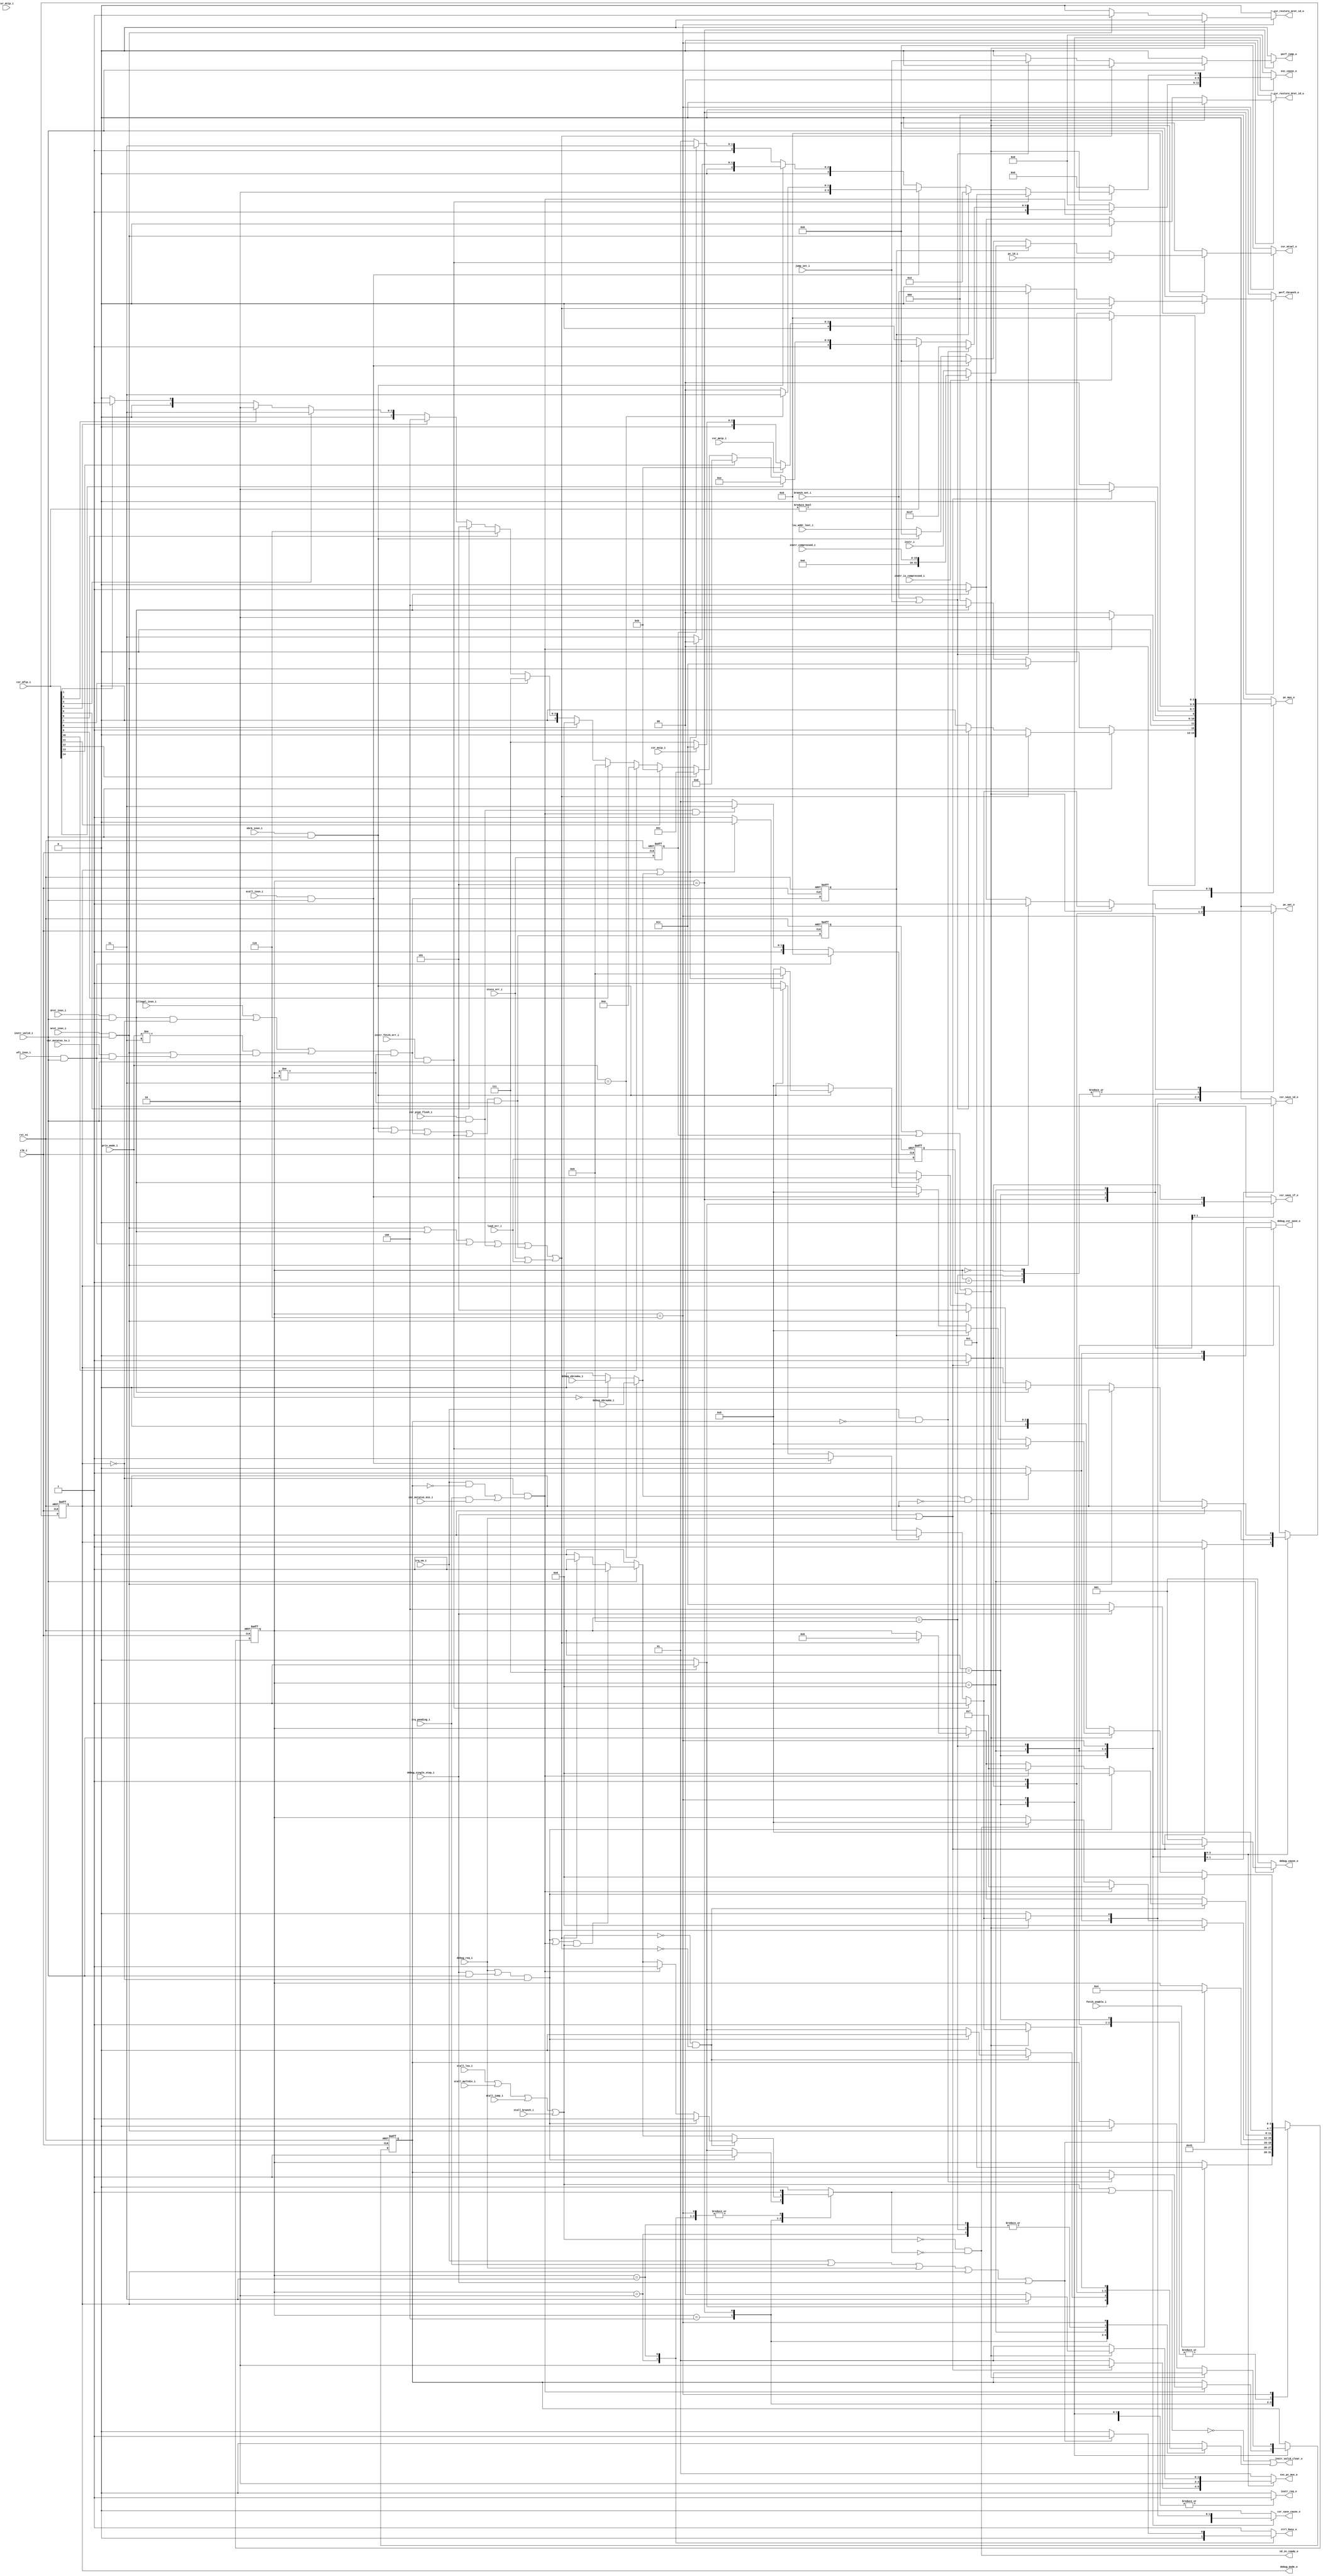
module ibex_controller (
	clk_i,
	rst_ni,
	fetch_enable_i,
	ctrl_busy_o,
	illegal_insn_i,
	ecall_insn_i,
	mret_insn_i,
	dret_insn_i,
	wfi_insn_i,
	ebrk_insn_i,
	csr_pipe_flush_i,
	instr_valid_i,
	instr_i,
	instr_compressed_i,
	instr_is_compressed_i,
	instr_fetch_err_i,
	pc_id_i,
	instr_valid_clear_o,
	id_in_ready_o,
	instr_req_o,
	pc_set_o,
	pc_mux_o,
	exc_pc_mux_o,
	exc_cause_o,
	lsu_addr_last_i,
	load_err_i,
	store_err_i,
	branch_set_i,
	jump_set_i,
	csr_mstatus_mie_i,
	csr_msip_i,
	csr_mtip_i,
	csr_meip_i,
	csr_mfip_i,
	irq_pending_i,
	irq_nm_i,
	debug_req_i,
	debug_cause_o,
	debug_csr_save_o,
	debug_mode_o,
	debug_single_step_i,
	debug_ebreakm_i,
	debug_ebreaku_i,
	csr_save_if_o,
	csr_save_id_o,
	csr_restore_mret_id_o,
	csr_restore_dret_id_o,
	csr_save_cause_o,
	csr_mtval_o,
	priv_mode_i,
	csr_mstatus_tw_i,
	stall_lsu_i,
	stall_multdiv_i,
	stall_jump_i,
	stall_branch_i,
	perf_jump_o,
	perf_tbranch_o
);
	localparam [3:0] RESET = 0;
	localparam [3:0] BOOT_SET = 1;
	localparam [3:0] WAIT_SLEEP = 2;
	localparam [3:0] SLEEP = 3;
	localparam [3:0] FIRST_FETCH = 4;
	localparam [3:0] DECODE = 5;
	localparam [3:0] FLUSH = 6;
	localparam [3:0] IRQ_TAKEN = 7;
	localparam [3:0] DBG_TAKEN_IF = 8;
	localparam [3:0] DBG_TAKEN_ID = 9;
	input wire clk_i;
	input wire rst_ni;
	input wire fetch_enable_i;
	output reg ctrl_busy_o;
	input wire illegal_insn_i;
	input wire ecall_insn_i;
	input wire mret_insn_i;
	input wire dret_insn_i;
	input wire wfi_insn_i;
	input wire ebrk_insn_i;
	input wire csr_pipe_flush_i;
	input wire instr_valid_i;
	input wire [31:0] instr_i;
	input wire [15:0] instr_compressed_i;
	input wire instr_is_compressed_i;
	input wire instr_fetch_err_i;
	input wire [31:0] pc_id_i;
	output wire instr_valid_clear_o;
	output wire id_in_ready_o;
	output reg instr_req_o;
	output reg pc_set_o;
	output reg [2:0] pc_mux_o;
	output reg [1:0] exc_pc_mux_o;
	output reg [5:0] exc_cause_o;
	input wire [31:0] lsu_addr_last_i;
	input wire load_err_i;
	input wire store_err_i;
	input wire branch_set_i;
	input wire jump_set_i;
	input wire csr_mstatus_mie_i;
	input wire csr_msip_i;
	input wire csr_mtip_i;
	input wire csr_meip_i;
	input wire [14:0] csr_mfip_i;
	input wire irq_pending_i;
	input wire irq_nm_i;
	input wire debug_req_i;
	output reg [2:0] debug_cause_o;
	output reg debug_csr_save_o;
	output wire debug_mode_o;
	input wire debug_single_step_i;
	input wire debug_ebreakm_i;
	input wire debug_ebreaku_i;
	output reg csr_save_if_o;
	output reg csr_save_id_o;
	output reg csr_restore_mret_id_o;
	output reg csr_restore_dret_id_o;
	output reg csr_save_cause_o;
	output reg [31:0] csr_mtval_o;
	input wire [1:0] priv_mode_i;
	input wire csr_mstatus_tw_i;
	input wire stall_lsu_i;
	input wire stall_multdiv_i;
	input wire stall_jump_i;
	input wire stall_branch_i;
	output reg perf_jump_o;
	output reg perf_tbranch_o;
localparam   OPCODE_LOAD     = 7'h03;
localparam   OPCODE_MISC_MEM = 7'h0f;
localparam   OPCODE_OP_IMM   = 7'h13;
localparam   OPCODE_AUIPC    = 7'h17;
localparam   OPCODE_STORE    = 7'h23;
localparam   OPCODE_OP       = 7'h33;
localparam   OPCODE_LUI      = 7'h37;
localparam   OPCODE_BRANCH   = 7'h63;
localparam   OPCODE_JALR     = 7'h67;
localparam   OPCODE_JAL      = 7'h6f;
localparam   OPCODE_SYSTEM   = 7'h73;


////////////////////
// ALU operations //
////////////////////

  // Arithmetics
localparam   ALU_ADD = 5'h0;
localparam   ALU_SUB = 5'h1;

  // Logics
localparam   ALU_XOR = 5'h2;
localparam   ALU_OR = 5'h3;
localparam   ALU_AND = 5'h4;

  // Shifts
localparam   ALU_SRA = 5'h5;
localparam   ALU_SRL = 5'h6;
localparam   ALU_SLL = 5'h7;

  // Comparisons
localparam   ALU_LT = 5'h8;
localparam   ALU_LTU = 5'h9;
localparam   ALU_GE = 5'ha;
localparam   ALU_GEU = 5'hb;
localparam   ALU_EQ = 5'hc;
localparam   ALU_NE = 5'hd;

  // Set lower than
localparam   ALU_SLT = 5'he;
localparam   ALU_SLTU = 5'hf;

  // Multiplier/divider
localparam   MD_OP_MULL = 2'h0;
localparam   MD_OP_MULH = 2'h1;
localparam   MD_OP_DIV = 2'h2;
localparam   MD_OP_REM = 2'h3;


//////////////////////////////////
// Control and status registers //
//////////////////////////////////

// CSR operations
localparam   CSR_OP_READ = 2'h0;
localparam   CSR_OP_WRITE = 2'h1;
localparam   CSR_OP_SET = 2'h2;
localparam   CSR_OP_CLEAR = 2'h3;


// Privileged mode
localparam   PRIV_LVL_M = 2'b11;
localparam   PRIV_LVL_H = 2'b10;
localparam   PRIV_LVL_S = 2'b01;
localparam   PRIV_LVL_U = 2'b00;

// Constants for the dcsr.xdebugver fields
localparam    XDEBUGVER_NO     = 4'd0; // no external debug support
localparam    XDEBUGVER_STD    = 4'd4; // external debug according to RISC-V debug spec
localparam    XDEBUGVER_NONSTD = 4'd15; // debug not conforming to RISC-V debug spec


//////////////
// ID stage //
//////////////

// Operand a selection
localparam   OP_A_REG_A = 2'h0;
localparam   OP_A_FWD = 2'h1;
localparam   OP_A_CURRPC = 2'h2;
localparam   OP_A_IMM = 2'h3;

// Immediate a selection
localparam   IMM_A_Z = 1'b0;
localparam   IMM_A_ZERO = 1'b1;

// Operand b selection
localparam   OP_B_REG_B = 1'b0;
localparam   OP_B_IMM = 1'b1;

// Immediate b selection
localparam   IMM_B_I = 3'h0;
localparam   IMM_B_S = 3'h1;
localparam   IMM_B_B = 3'h2;
localparam   IMM_B_U = 3'h3;
localparam   IMM_B_J = 3'h4;
localparam   IMM_B_INCR_PC = 3'h4;
localparam   IMM_B_INCR_ADDR = 3'h5;

// Regfile write data selection
localparam   RF_WD_LSU = 2'h0;
localparam   RF_WD_EX = 2'h1;
localparam   RF_WD_CSR = 2'h2;

//////////////
// IF stage //
//////////////

// PC mux selection
localparam   PC_BOOT = 3'h0;
localparam   PC_JUMP = 3'h1;
localparam   PC_EXC = 3'h2;
localparam   PC_ERET = 3'h3;
localparam   PC_DRET = 3'h4;

// Exception PC mux selection
localparam   EXC_PC_EXC = 2'h0;
localparam   EXC_PC_IRQ = 2'h1;
localparam   EXC_PC_DBD = 2'h2;
localparam   EXC_PC_DBG_EXC = 2'h3; // Exception while in debug mode

// Exception cause
localparam   EXC_CAUSE_IRQ_SOFTWARE_M     = {1'b1, 5'd03};
localparam   EXC_CAUSE_IRQ_TIMER_M        = {1'b1, 5'd07};
localparam   EXC_CAUSE_IRQ_EXTERNAL_M     = {1'b1, 5'd11};
  // EXC_CAUSE_IRQ_FAST_0      = {1'b1, 5'd16};
  // EXC_CAUSE_IRQ_FAST_14     = {1'b1, 5'd30};
localparam   EXC_CAUSE_IRQ_NM             = {1'b1, 5'd31}; // == EXC_CAUSE_IRQ_FAST_15
localparam   EXC_CAUSE_INSN_ADDR_MISA     = {1'b0, 5'd00};
localparam   EXC_CAUSE_INSTR_ACCESS_FAULT = {1'b0, 5'd01};
localparam   EXC_CAUSE_ILLEGAL_INSN       = {1'b0, 5'd02};
localparam   EXC_CAUSE_BREAKPOINT         = {1'b0, 5'd03};
localparam   EXC_CAUSE_LOAD_ACCESS_FAULT  = {1'b0, 5'd05};
localparam   EXC_CAUSE_STORE_ACCESS_FAULT = {1'b0, 5'd07};
localparam   EXC_CAUSE_ECALL_UMODE        = {1'b0, 5'd08};
localparam   EXC_CAUSE_ECALL_MMODE        = {1'b0, 5'd11};

// Debug cause
localparam   DBG_CAUSE_NONE    = 3'h0;
localparam   DBG_CAUSE_EBREAK  = 3'h1;
localparam   DBG_CAUSE_TRIGGER = 3'h2;
localparam   DBG_CAUSE_HALTREQ = 3'h3;
localparam   DBG_CAUSE_STEP    = 3'h4;

// PMP constants
parameter   PMP_MAX_REGIONS      = 16;
parameter   PMP_CFG_W            = 8;

// PMP acces type
parameter   PMP_I = 0;
parameter   PMP_D = 1;

localparam   PMP_ACC_EXEC    = 2'b00;
localparam   PMP_ACC_WRITE   = 2'b01;
localparam   PMP_ACC_READ    = 2'b10;

// PMP cfg structures
localparam   PMP_MODE_OFF   = 2'b00;
localparam   PMP_MODE_TOR   = 2'b01;
localparam   PMP_MODE_NA4   = 2'b10;
localparam   PMP_MODE_NAPOT = 2'b11;

//typedef struct packed {
//  logic          lock;
//  pmp_cfg_mode_e mode;
//  logic          exec;
//  logic          write;
//  logic          read;

// CSRs
  // Machine information
localparam   CSR_MHARTID   = 12'hF14;

  // Machine trap setup
localparam   CSR_MSTATUS   = 12'h300;
localparam   CSR_MISA      = 12'h301;
localparam   CSR_MIE       = 12'h304;
localparam   CSR_MTVEC     = 12'h305;

  // Machine trap handling
localparam   CSR_MSCRATCH  = 12'h340;
localparam   CSR_MEPC      = 12'h341;
localparam   CSR_MCAUSE    = 12'h342;
localparam   CSR_MTVAL     = 12'h343;
localparam   CSR_MIP       = 12'h344;

  // Physical memory protection
localparam   CSR_PMPCFG0   = 12'h3A0;
localparam   CSR_PMPCFG1   = 12'h3A1;
localparam   CSR_PMPCFG2   = 12'h3A2;
localparam   CSR_PMPCFG3   = 12'h3A3;
localparam   CSR_PMPADDR0  = 12'h3B0;
localparam   CSR_PMPADDR1  = 12'h3B1;
localparam   CSR_PMPADDR2  = 12'h3B2;
localparam   CSR_PMPADDR3  = 12'h3B3;
localparam   CSR_PMPADDR4  = 12'h3B4;
localparam   CSR_PMPADDR5  = 12'h3B5;
localparam   CSR_PMPADDR6  = 12'h3B6;
localparam   CSR_PMPADDR7  = 12'h3B7;
localparam   CSR_PMPADDR8  = 12'h3B8;
localparam   CSR_PMPADDR9  = 12'h3B9;
localparam   CSR_PMPADDR10 = 12'h3BA;
localparam   CSR_PMPADDR11 = 12'h3BB;
localparam   CSR_PMPADDR12 = 12'h3BC;
localparam   CSR_PMPADDR13 = 12'h3BD;
localparam   CSR_PMPADDR14 = 12'h3BE;
localparam   CSR_PMPADDR15 = 12'h3BF;

  // Debug/trace
localparam   CSR_DCSR      = 12'h7b0;
localparam   CSR_DPC       = 12'h7b1;

  // Debug
localparam   CSR_DSCRATCH0 = 12'h7b2; // optional
localparam   CSR_DSCRATCH1 = 12'h7b3; // optional

  // Machine Counter/Timers
localparam   CSR_MCOUNTINHIBIT  = 12'h320;
localparam   CSR_MHPMEVENT3     = 12'h323;
localparam   CSR_MHPMEVENT4     = 12'h324;
localparam   CSR_MHPMEVENT5     = 12'h325;
localparam   CSR_MHPMEVENT6     = 12'h326;
localparam   CSR_MHPMEVENT7     = 12'h327;
localparam   CSR_MHPMEVENT8     = 12'h328;
localparam   CSR_MHPMEVENT9     = 12'h329;
localparam   CSR_MHPMEVENT10    = 12'h32A;
localparam   CSR_MHPMEVENT11    = 12'h32B;
localparam   CSR_MHPMEVENT12    = 12'h32C;
localparam   CSR_MHPMEVENT13    = 12'h32D;
localparam   CSR_MHPMEVENT14    = 12'h32E;
localparam   CSR_MHPMEVENT15    = 12'h32F;
localparam   CSR_MHPMEVENT16    = 12'h330;
localparam   CSR_MHPMEVENT17    = 12'h331;
localparam   CSR_MHPMEVENT18    = 12'h332;
localparam   CSR_MHPMEVENT19    = 12'h333;
localparam   CSR_MHPMEVENT20    = 12'h334;
localparam   CSR_MHPMEVENT21    = 12'h335;
localparam   CSR_MHPMEVENT22    = 12'h336;
localparam   CSR_MHPMEVENT23    = 12'h337;
localparam   CSR_MHPMEVENT24    = 12'h338;
localparam   CSR_MHPMEVENT25    = 12'h339;
localparam   CSR_MHPMEVENT26    = 12'h33A;
localparam   CSR_MHPMEVENT27    = 12'h33B;
localparam   CSR_MHPMEVENT28    = 12'h33C;
localparam   CSR_MHPMEVENT29    = 12'h33D;
localparam   CSR_MHPMEVENT30    = 12'h33E;
localparam   CSR_MHPMEVENT31    = 12'h33F;
localparam   CSR_MCYCLE         = 12'hB00;
localparam   CSR_MINSTRET       = 12'hB02;
localparam   CSR_MHPMCOUNTER3   = 12'hB03;
localparam   CSR_MHPMCOUNTER4   = 12'hB04;
localparam   CSR_MHPMCOUNTER5   = 12'hB05;
localparam   CSR_MHPMCOUNTER6   = 12'hB06;
localparam   CSR_MHPMCOUNTER7   = 12'hB07;
localparam   CSR_MHPMCOUNTER8   = 12'hB08;
localparam   CSR_MHPMCOUNTER9   = 12'hB09;
localparam   CSR_MHPMCOUNTER10  = 12'hB0A;
localparam   CSR_MHPMCOUNTER11  = 12'hB0B;
localparam   CSR_MHPMCOUNTER12  = 12'hB0C;
localparam   CSR_MHPMCOUNTER13  = 12'hB0D;
localparam   CSR_MHPMCOUNTER14  = 12'hB0E;
localparam   CSR_MHPMCOUNTER15  = 12'hB0F;
localparam   CSR_MHPMCOUNTER16  = 12'hB10;
localparam   CSR_MHPMCOUNTER17  = 12'hB11;
localparam   CSR_MHPMCOUNTER18  = 12'hB12;
localparam   CSR_MHPMCOUNTER19  = 12'hB13;
localparam   CSR_MHPMCOUNTER20  = 12'hB14;
localparam   CSR_MHPMCOUNTER21  = 12'hB15;
localparam   CSR_MHPMCOUNTER22  = 12'hB16;
localparam   CSR_MHPMCOUNTER23  = 12'hB17;
localparam   CSR_MHPMCOUNTER24  = 12'hB18;
localparam   CSR_MHPMCOUNTER25  = 12'hB19;
localparam   CSR_MHPMCOUNTER26  = 12'hB1A;
localparam   CSR_MHPMCOUNTER27  = 12'hB1B;
localparam   CSR_MHPMCOUNTER28  = 12'hB1C;
localparam   CSR_MHPMCOUNTER29  = 12'hB1D;
localparam   CSR_MHPMCOUNTER30  = 12'hB1E;
localparam   CSR_MHPMCOUNTER31  = 12'hB1F;
localparam   CSR_MCYCLEH        = 12'hB80;
localparam   CSR_MINSTRETH      = 12'hB82;
localparam   CSR_MHPMCOUNTER3H  = 12'hB83;
localparam   CSR_MHPMCOUNTER4H  = 12'hB84;
localparam   CSR_MHPMCOUNTER5H  = 12'hB85;
localparam   CSR_MHPMCOUNTER6H  = 12'hB86;
localparam   CSR_MHPMCOUNTER7H  = 12'hB87;
localparam   CSR_MHPMCOUNTER8H  = 12'hB88;
localparam   CSR_MHPMCOUNTER9H  = 12'hB89;
localparam   CSR_MHPMCOUNTER10H = 12'hB8A;
localparam   CSR_MHPMCOUNTER11H = 12'hB8B;
localparam   CSR_MHPMCOUNTER12H = 12'hB8C;
localparam   CSR_MHPMCOUNTER13H = 12'hB8D;
localparam   CSR_MHPMCOUNTER14H = 12'hB8E;
localparam   CSR_MHPMCOUNTER15H = 12'hB8F;
localparam   CSR_MHPMCOUNTER16H = 12'hB90;
localparam   CSR_MHPMCOUNTER17H = 12'hB91;
localparam   CSR_MHPMCOUNTER18H = 12'hB92;
localparam   CSR_MHPMCOUNTER19H = 12'hB93;
localparam   CSR_MHPMCOUNTER20H = 12'hB94;
localparam   CSR_MHPMCOUNTER21H = 12'hB95;
localparam   CSR_MHPMCOUNTER22H = 12'hB96;
localparam   CSR_MHPMCOUNTER23H = 12'hB97;
localparam   CSR_MHPMCOUNTER24H = 12'hB98;
localparam   CSR_MHPMCOUNTER25H = 12'hB99;
localparam   CSR_MHPMCOUNTER26H = 12'hB9A;
localparam   CSR_MHPMCOUNTER27H = 12'hB9B;
localparam   CSR_MHPMCOUNTER28H = 12'hB9C;
localparam   CSR_MHPMCOUNTER29H = 12'hB9D;
localparam   CSR_MHPMCOUNTER30H = 12'hB9E;
localparam   CSR_MHPMCOUNTER31H = 12'hB9F;

// CSR pmp-related offsets
parameter [11:0] CSR_OFF_PMP_CFG  = 12'h3A0; // pmp_cfg  @ 12'h3a0 - 12'h3a3
parameter [11:0] CSR_OFF_PMP_ADDR = 12'h3B0; // pmp_addr @ 12'h3b0 - 12'h3bf

// CSR status bits
parameter   CSR_MSTATUS_MIE_BIT      = 3;
parameter   CSR_MSTATUS_MPIE_BIT     = 7;
parameter   CSR_MSTATUS_MPP_BIT_LOW  = 11;
parameter   CSR_MSTATUS_MPP_BIT_HIGH = 12;
parameter   CSR_MSTATUS_MPRV_BIT     = 17;
parameter   CSR_MSTATUS_TW_BIT       = 21;

// CSR errupt pending/enable  int bits
parameter   CSR_MSIX_BIT      = 3;
parameter   CSR_MTIX_BIT      = 7;
parameter   CSR_MEIX_BIT      = 11;
parameter   CSR_MFIX_BIT_LOW  = 16;
parameter   CSR_MFIX_BIT_HIGH = 30;

	reg [3:0] ctrl_fsm_cs;
	reg [3:0] ctrl_fsm_ns;
	reg nmi_mode_q;
	reg nmi_mode_d;
	reg debug_mode_q;
	reg debug_mode_d;
	reg load_err_q;
	wire load_err_d;
	reg store_err_q;
	wire store_err_d;
	reg exc_req_q;
	wire exc_req_d;
	reg illegal_insn_q;
	wire illegal_insn_d;
	wire stall;
	reg halt_if;
	reg flush_id;
	wire illegal_dret;
	wire illegal_umode;
	wire exc_req_lsu;
	wire special_req;
	wire enter_debug_mode;
	wire ebreak_into_debug;
	wire handle_irq;
	reg [3:0] mfip_id;
	wire unused_csr_mtip;
	wire ecall_insn;
	wire mret_insn;
	wire dret_insn;
	wire wfi_insn;
	wire ebrk_insn;
	wire csr_pipe_flush;
	wire instr_fetch_err;
	/* 
	NO $display allowed in Verilog code that will go thorugh GM static
	analysis
	always @(negedge clk_i)
		if (((((ctrl_fsm_cs == DECODE) && instr_valid_i) && !instr_fetch_err_i) && illegal_insn_d))
			$display("%t: Illegal instruction (hart %0x) at PC 0x%h: 0x%h", $time, ibex_core.hart_id_i, ibex_id_stage.pc_id_i, ibex_id_stage.instr_rdata_i);
	*/
	assign load_err_d = load_err_i;
	assign store_err_d = store_err_i;
	assign ecall_insn = (ecall_insn_i & instr_valid_i);
	assign mret_insn = (mret_insn_i & instr_valid_i);
	assign dret_insn = (dret_insn_i & instr_valid_i);
	assign wfi_insn = (wfi_insn_i & instr_valid_i);
	assign ebrk_insn = (ebrk_insn_i & instr_valid_i);
	assign csr_pipe_flush = (csr_pipe_flush_i & instr_valid_i);
	assign instr_fetch_err = (instr_fetch_err_i & instr_valid_i);
	assign illegal_dret = (dret_insn & ~debug_mode_q);
	assign illegal_umode = ((priv_mode_i != PRIV_LVL_M) & (mret_insn | (csr_mstatus_tw_i & wfi_insn)));
	assign illegal_insn_d = (((illegal_insn_i | illegal_dret) | illegal_umode) & (ctrl_fsm_cs != FLUSH));
	assign exc_req_d = ((((ecall_insn | ebrk_insn) | illegal_insn_d) | instr_fetch_err) & (ctrl_fsm_cs != FLUSH));
	assign exc_req_lsu = (store_err_i | load_err_i);
	assign special_req = (((((mret_insn | dret_insn) | wfi_insn) | csr_pipe_flush) | exc_req_d) | exc_req_lsu);
	assign enter_debug_mode = ((debug_req_i | (debug_single_step_i & instr_valid_i)) & ~debug_mode_q);
	assign ebreak_into_debug = ((priv_mode_i == PRIV_LVL_M) ? debug_ebreakm_i : ((priv_mode_i == PRIV_LVL_U) ? debug_ebreaku_i : 1'b0));
	assign handle_irq = (~debug_mode_q & ((irq_nm_i & ~nmi_mode_q) | (irq_pending_i & csr_mstatus_mie_i)));
	always @(*) begin : gen_mfip_id
		if (csr_mfip_i[14])
			mfip_id = 4'd14;
		else if (csr_mfip_i[13])
			mfip_id = 4'd13;
		else if (csr_mfip_i[12])
			mfip_id = 4'd12;
		else if (csr_mfip_i[11])
			mfip_id = 4'd11;
		else if (csr_mfip_i[10])
			mfip_id = 4'd10;
		else if (csr_mfip_i[9])
			mfip_id = 4'd9;
		else if (csr_mfip_i[8])
			mfip_id = 4'd8;
		else if (csr_mfip_i[7])
			mfip_id = 4'd7;
		else if (csr_mfip_i[6])
			mfip_id = 4'd6;
		else if (csr_mfip_i[5])
			mfip_id = 4'd5;
		else if (csr_mfip_i[5])
			mfip_id = 4'd5;
		else if (csr_mfip_i[4])
			mfip_id = 4'd4;
		else if (csr_mfip_i[3])
			mfip_id = 4'd3;
		else if (csr_mfip_i[2])
			mfip_id = 4'd2;
		else if (csr_mfip_i[1])
			mfip_id = 4'd1;
		else
			mfip_id = 4'd0;
	end
	assign unused_csr_mtip = csr_mtip_i;
	always @(*) begin
		instr_req_o = 1'b1;
		csr_save_if_o = 1'b0;
		csr_save_id_o = 1'b0;
		csr_restore_mret_id_o = 1'b0;
		csr_restore_dret_id_o = 1'b0;
		csr_save_cause_o = 1'b0;
		csr_mtval_o = 1'sb0;
		pc_mux_o = PC_BOOT;
		pc_set_o = 1'b0;
		exc_pc_mux_o = EXC_PC_IRQ;
		exc_cause_o = EXC_CAUSE_INSN_ADDR_MISA;
		ctrl_fsm_ns = ctrl_fsm_cs;
		ctrl_busy_o = 1'b1;
		halt_if = 1'b0;
		flush_id = 1'b0;
		debug_csr_save_o = 1'b0;
		debug_cause_o = DBG_CAUSE_EBREAK;
		debug_mode_d = debug_mode_q;
		nmi_mode_d = nmi_mode_q;
		perf_tbranch_o = 1'b0;
		perf_jump_o = 1'b0;
		case (ctrl_fsm_cs)
			RESET: begin
				instr_req_o = 1'b0;
				pc_mux_o = PC_BOOT;
				pc_set_o = 1'b1;
				if (fetch_enable_i)
					ctrl_fsm_ns = BOOT_SET;
			end
			BOOT_SET: begin
				instr_req_o = 1'b1;
				pc_mux_o = PC_BOOT;
				pc_set_o = 1'b1;
				ctrl_fsm_ns = FIRST_FETCH;
			end
			WAIT_SLEEP: begin
				ctrl_busy_o = 1'b0;
				instr_req_o = 1'b0;
				halt_if = 1'b1;
				flush_id = 1'b1;
				ctrl_fsm_ns = SLEEP;
			end
			SLEEP: begin
				instr_req_o = 1'b0;
				halt_if = 1'b1;
				flush_id = 1'b1;
				if (((((irq_nm_i || irq_pending_i) || debug_req_i) || debug_mode_q) || debug_single_step_i))
					ctrl_fsm_ns = FIRST_FETCH;
				else
					ctrl_busy_o = 1'b0;
			end
			FIRST_FETCH: begin
				if (id_in_ready_o)
					ctrl_fsm_ns = DECODE;
				if (handle_irq) begin
					ctrl_fsm_ns = IRQ_TAKEN;
					halt_if = 1'b1;
					flush_id = 1'b1;
				end
				if (enter_debug_mode) begin
					ctrl_fsm_ns = DBG_TAKEN_IF;
					halt_if = 1'b1;
				end
			end
			DECODE: begin
				if (instr_valid_i) begin
					if (special_req) begin
						ctrl_fsm_ns = FLUSH;
						halt_if = 1'b1;
					end
					else if ((branch_set_i || jump_set_i)) begin
						pc_mux_o = PC_JUMP;
						pc_set_o = 1'b1;
						perf_tbranch_o = branch_set_i;
						perf_jump_o = jump_set_i;
					end
					if (((enter_debug_mode || handle_irq) && stall))
						halt_if = 1'b1;
				end
				if ((!stall && !special_req))
					if (enter_debug_mode) begin
						ctrl_fsm_ns = DBG_TAKEN_IF;
						halt_if = 1'b1;
					end
					else if (handle_irq) begin
						ctrl_fsm_ns = IRQ_TAKEN;
						halt_if = 1'b1;
						flush_id = 1'b1;
					end
			end
			IRQ_TAKEN: begin
				if (handle_irq) begin
					pc_mux_o = PC_EXC;
					pc_set_o = 1'b1;
					exc_pc_mux_o = EXC_PC_IRQ;
					csr_save_if_o = 1'b1;
					csr_save_cause_o = 1'b1;
					if ((irq_nm_i && !nmi_mode_q)) begin
						exc_cause_o = EXC_CAUSE_IRQ_NM;
						nmi_mode_d = 1'b1;
					end
					else if ((csr_mfip_i != 15'b0))
						exc_cause_o = sv2v_cast_89EA8({2'b11, mfip_id});
					else if (csr_meip_i)
						exc_cause_o = EXC_CAUSE_IRQ_EXTERNAL_M;
					else if (csr_msip_i)
						exc_cause_o = EXC_CAUSE_IRQ_SOFTWARE_M;
					else
						exc_cause_o = EXC_CAUSE_IRQ_TIMER_M;
				end
				ctrl_fsm_ns = DECODE;
			end
			DBG_TAKEN_IF: begin
				if ((debug_single_step_i || debug_req_i)) begin
					flush_id = 1'b1;
					pc_mux_o = PC_EXC;
					pc_set_o = 1'b1;
					exc_pc_mux_o = EXC_PC_DBD;
					csr_save_if_o = 1'b1;
					debug_csr_save_o = 1'b1;
					csr_save_cause_o = 1'b1;
					if (debug_single_step_i)
						debug_cause_o = DBG_CAUSE_STEP;
					else
						debug_cause_o = DBG_CAUSE_HALTREQ;
					debug_mode_d = 1'b1;
				end
				ctrl_fsm_ns = DECODE;
			end
			DBG_TAKEN_ID: begin
				flush_id = 1'b1;
				pc_mux_o = PC_EXC;
				pc_set_o = 1'b1;
				exc_pc_mux_o = EXC_PC_DBD;
				if ((ebreak_into_debug && !debug_mode_q)) begin
					csr_save_cause_o = 1'b1;
					csr_save_id_o = 1'b1;
					debug_csr_save_o = 1'b1;
					debug_cause_o = DBG_CAUSE_EBREAK;
				end
				debug_mode_d = 1'b1;
				ctrl_fsm_ns = DECODE;
			end
			FLUSH: begin
				halt_if = 1'b1;
				flush_id = 1'b1;
				ctrl_fsm_ns = DECODE;
				if (((exc_req_q || store_err_q) || load_err_q)) begin
					pc_set_o = 1'b1;
					pc_mux_o = PC_EXC;
					exc_pc_mux_o = (debug_mode_q ? EXC_PC_DBG_EXC : EXC_PC_EXC);
					csr_save_id_o = 1'b1;
					csr_save_cause_o = 1'b1;
					if (instr_fetch_err) begin
						exc_cause_o = EXC_CAUSE_INSTR_ACCESS_FAULT;
						csr_mtval_o = pc_id_i;
					end
					else if (illegal_insn_q) begin
						exc_cause_o = EXC_CAUSE_ILLEGAL_INSN;
						csr_mtval_o = (instr_is_compressed_i ? {16'b0, instr_compressed_i} : instr_i);
					end
					else if (ecall_insn)
						exc_cause_o = ((priv_mode_i == PRIV_LVL_M) ? EXC_CAUSE_ECALL_MMODE : EXC_CAUSE_ECALL_UMODE);
					else if (ebrk_insn) begin
						if ((debug_mode_q | ebreak_into_debug)) begin
							pc_set_o = 1'b0;
							csr_save_id_o = 1'b0;
							csr_save_cause_o = 1'b0;
							ctrl_fsm_ns = DBG_TAKEN_ID;
							flush_id = 1'b0;
						end
						else
							exc_cause_o = EXC_CAUSE_BREAKPOINT;
					end
					else if (store_err_q) begin
						exc_cause_o = EXC_CAUSE_STORE_ACCESS_FAULT;
						csr_mtval_o = lsu_addr_last_i;
					end
					else begin
						exc_cause_o = EXC_CAUSE_LOAD_ACCESS_FAULT;
						csr_mtval_o = lsu_addr_last_i;
					end
				end
				else if (mret_insn) begin
					pc_mux_o = PC_ERET;
					pc_set_o = 1'b1;
					csr_restore_mret_id_o = 1'b1;
					if (nmi_mode_q)
						nmi_mode_d = 1'b0;
				end
				else if (dret_insn) begin
					pc_mux_o = PC_DRET;
					pc_set_o = 1'b1;
					debug_mode_d = 1'b0;
					csr_restore_dret_id_o = 1'b1;
				end
				else if (wfi_insn)
					ctrl_fsm_ns = WAIT_SLEEP;
				else if ((csr_pipe_flush && handle_irq))
					ctrl_fsm_ns = IRQ_TAKEN;
				if (enter_debug_mode)
					ctrl_fsm_ns = DBG_TAKEN_IF;
			end
			default: begin
			instr_req_o = 1'b0;
			ctrl_fsm_ns = 1'bX;
		end
		endcase
	end
	assign debug_mode_o = debug_mode_q;
	assign stall = (((stall_lsu_i | stall_multdiv_i) | stall_jump_i) | stall_branch_i);
	assign id_in_ready_o = (~stall & ~halt_if);
	assign instr_valid_clear_o = (~(stall | halt_if) | flush_id);
	always @(posedge clk_i or negedge rst_ni) begin : update_regs
		if (!rst_ni) begin
			ctrl_fsm_cs <= RESET;
			nmi_mode_q <= 1'b0;
			debug_mode_q <= 1'b0;
			load_err_q <= 1'b0;
			store_err_q <= 1'b0;
			exc_req_q <= 1'b0;
			illegal_insn_q <= 1'b0;
		end
		else begin
			ctrl_fsm_cs <= ctrl_fsm_ns;
			nmi_mode_q <= nmi_mode_d;
			debug_mode_q <= debug_mode_d;
			load_err_q <= load_err_d;
			store_err_q <= store_err_d;
			exc_req_q <= exc_req_d;
			illegal_insn_q <= illegal_insn_d;
		end
	end
	function [(6 - 1):0] sv2v_cast_89EA8;
		input [(6 - 1):0] inp;
		sv2v_cast_89EA8 = inp;
	endfunction
endmodule